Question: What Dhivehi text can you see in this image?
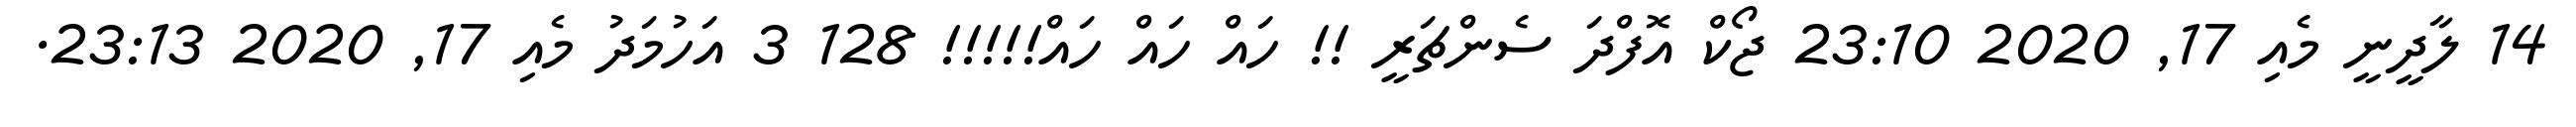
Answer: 14 ލާދީނީ މެއި 17, 2020 23:10 ޖޯކް އޮފްދަ ސެންޗަރީ !! ހައް ހައް ހައް!!!!! 128 3 އަހުމަދު މެއި 17, 2020 23:13.